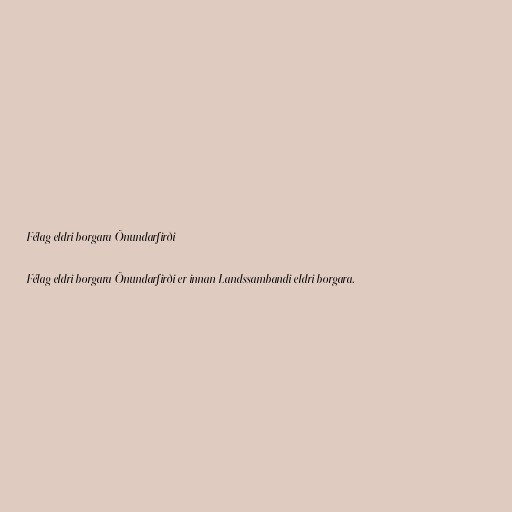
Félag eldri borgara Önundarfirði

Félag eldri borgara Önundarfirði er innan Landssambandi eldri borgara.